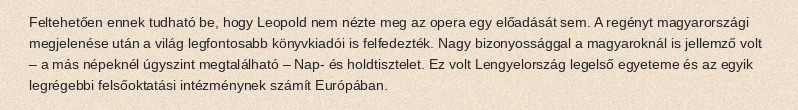
Feltehetően ennek tudható be, hogy Leopold nem nézte meg az opera egy előadását sem. A regényt magyarországi megjelenése után a világ legfontosabb könyvkiadói is felfedezték. Nagy bizonyossággal a magyaroknál is jellemző volt – a más népeknél úgyszint megtalálható – Nap- és holdtisztelet. Ez volt Lengyelország legelső egyeteme és az egyik legrégebbi felsőoktatási intézménynek számít Európában.